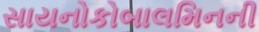
સાયનોકોબાલમિનની